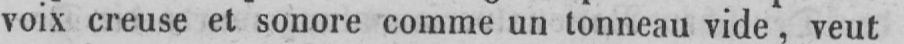
voix creuse et sonore comme un tonneau vide, veut